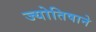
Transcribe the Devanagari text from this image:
ज्योतिषाने